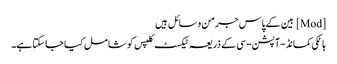
[Mod] بین کے پاس جرمن وسائل ہیں
ہاٹکی کمانڈ-آپشن-سی کے ذریعہ ٹیکسٹ کلپس کو شامل کیا جاسکتا ہے۔